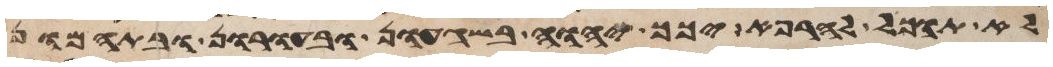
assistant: לא תוכל להרפא יכך יהוה בשגעון ובעורון ובתמהון